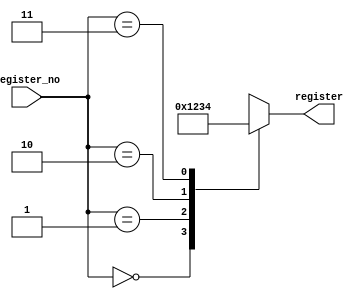
// `include "mux4_1.v"  
// assume register file has 4 32 bit register
module decoder2_4(register,register_no);
input [1:0] register_no;
output reg [3:0] register;
always @(*) begin
    case (register_no)
        2'b00: register = 4'b0001;
        2'b01: register = 4'b0010;
        2'b10: register = 4'b0011;
        2'b11: register = 4'b0100;
    endcase 
end
endmodule

// module tb;
// wire [3:0] register;
// reg [1:0] reg_no;
// decoder2_4 d(register,reg_no);
// initial $monitor($time," reg_no=%b register=%b",reg_no,register);
// initial begin
//     #2 reg_no=2'b00;
//     #2 reg_no=2'b01;
//     #2 reg_no=2'b10;
//     #2 reg_no=2'b11;
// end
// endmodule